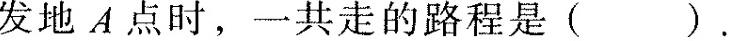
发地A点时，一共走的路程是( ).